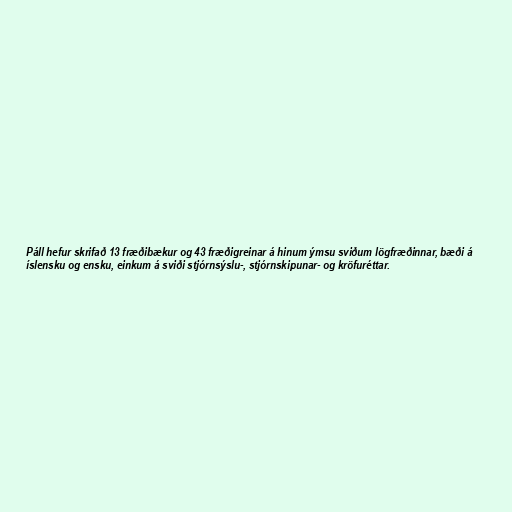
Páll hefur skrifað 13 fræðibækur og 43 fræðigreinar á hinum ýmsu sviðum lögfræðinnar, bæði á
íslensku og ensku, einkum á sviði stjórnsýslu-, stjórnskipunar- og kröfuréttar.